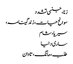
زنا، جنسی تشدد
سوانح حیات، زندگینامہ،
سیریا، شام
ساری دنیا
طلب، مانگ، تاوان